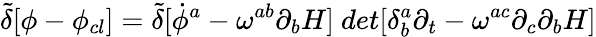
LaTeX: {\tilde{\delta}}[\phi-\phi_{cl}]={\tilde{\delta}}[{\dot{\phi}^{a}-\omega^{ab}\partial_{b}H]~det[\delta_{b}^{a}\partial_{t}-\omega^{ac}\partial_{c}\partial_{b}H}]